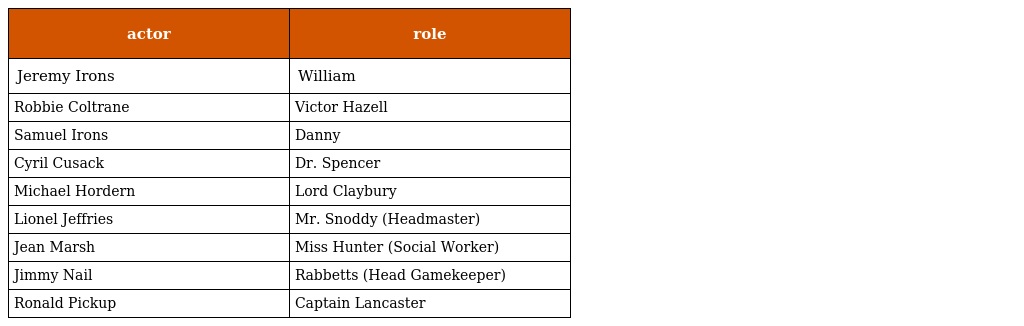
| actor | role |
 | --- | --- |
 | Jeremy Irons | William |
 | Robbie Coltrane | Victor Hazell |
 | Samuel Irons | Danny |
 | Cyril Cusack | Dr. Spencer |
 | Michael Hordern | Lord Claybury |
 | Lionel Jeffries | Mr. Snoddy (Headmaster) |
 | Jean Marsh | Miss Hunter (Social Worker) |
 | Jimmy Nail | Rabbetts (Head Gamekeeper) |
 | Ronald Pickup | Captain Lancaster |